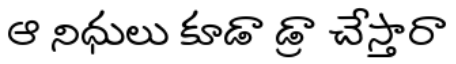
ఆ నిధులు కూడా డ్రా చేస్తారా